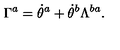
\Gamma ^ { a } = \dot { \theta } ^ { a } + \dot { \theta } ^ { b } \Lambda ^ { b a } .